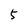
Character: 5